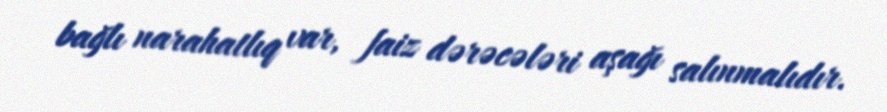
bağlı narahatlıq var, faiz dərəcələri aşağı salınmalıdır.